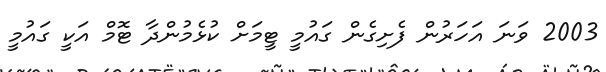
2003 ވަނަ އަހަރުން ފެށިގެން ގައުމީ ޓީމަށް ކުޅެމުންދާ ޓޮމް އަކީ ގައުމީ